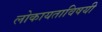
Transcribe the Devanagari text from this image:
लोकायताविषयी